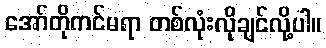
အော်တိုကင်မရာ တစ်လုံးလိုချင်လို့ပါ။